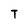
Character: T